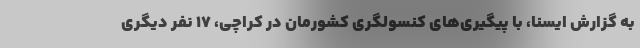
به گزارش ایسنا، با پیگیری‌های کنسولگری کشورمان در کراچی، ۱۷ نفر دیگری